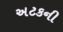
અટકની